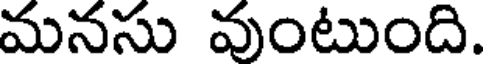
మనసు వుంటుంది.